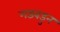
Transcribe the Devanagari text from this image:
गडबडुन